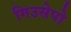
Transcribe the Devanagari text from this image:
गिउसेपो